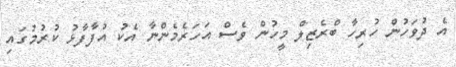
އެ ދުވަހުން ހުރިހާ ބްރެޒިލް މީހުން ވެސް އަހަރެމެންނާ އެކު އުފާފާޅު ކުރުމުގައި